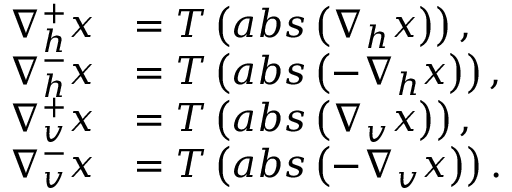
\begin{array} { r l } { \nabla _ { h } ^ { + } \boldsymbol { x } } & { = T \left( a b s \left( \nabla _ { h } \boldsymbol { x } \right) \right) , } \\ { \nabla _ { h } ^ { - } \boldsymbol { x } } & { = T \left( a b s \left( - \nabla _ { h } \boldsymbol { x } \right) \right) , } \\ { \nabla _ { v } ^ { + } \boldsymbol { x } } & { = T \left( a b s \left( \nabla _ { v } \boldsymbol { x } \right) \right) , } \\ { \nabla _ { v } ^ { - } \boldsymbol { x } } & { = T \left( a b s \left( - \nabla _ { v } \boldsymbol { x } \right) \right) . } \end{array}